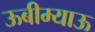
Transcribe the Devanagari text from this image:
ऊबीम्याऊ